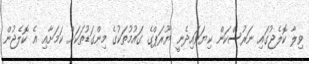
ވިލާ ކޮލެޖުގައި ނަރުސްކަން ކިޔަވައިދެނީ ޔޫރަޕްގެ ގައުމުތަކުގެ މިންގަޑުތަކަށް ކަމަށާއި އެ ކޮލެޖުން